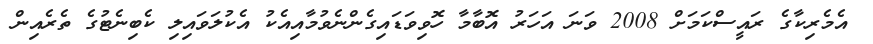
އެމެރިކާގެ ރައީސްކަމަށް 2008 ވަނަ އަހަރު އޮބާމާ ހޮވިވަޑައިގެންނެވުމާއިއެކު އެކުލަވައިލި ކެބިނެޓުގެ ތެރެއިން